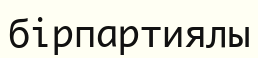
бірпартиялы